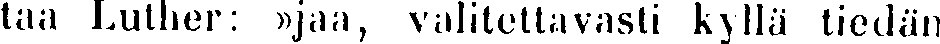
taa Luther: »jaa, valitettavasti kyllä tiedän